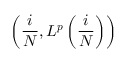
\left( \frac { i } { N } , L ^ { \boldsymbol { p } } \left( \frac { i } { N } \right) \right)